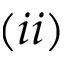
( i i )